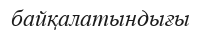
байқалатындығы